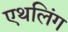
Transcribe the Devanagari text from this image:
एथलिंग